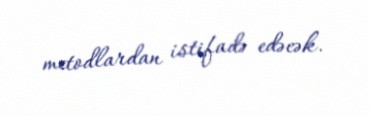
metodlardan istifadə edəcək.